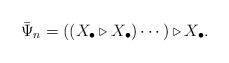
LaTeX: \begin{align*}\bar\Psi_n = ((X_\bullet\triangleright X_\bullet)\cdots)\triangleright X_\bullet.\end{align*}